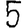
Digit: 5